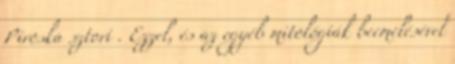
Piroska sztori . Ezzel, és az egyéb mitológiák beemelésével